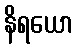
နိရယော